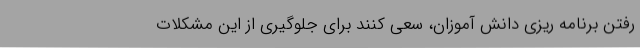
رفتن برنامه ریزی دانش آموزان، سعی کنند برای جلوگیری از این مشکلات